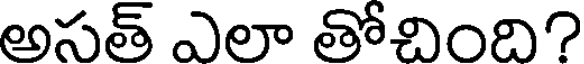
అసత్ ఎలా తోచింది?